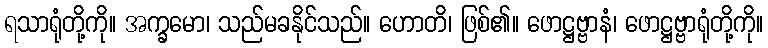
ရသာရုံတို့ကို။ အက္ခမော၊ သည်မခနိုင်သည်။ ဟောတိ၊ ဖြစ်၏။ ဖောဋ္ဌဗ္ဗာနံ၊ ဖောဋ္ဌဗ္ဗာရုံတို့ကို။